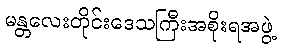
မန္တလေးတိုင်းဒေသကြီးအစိုးရအဖွဲ့